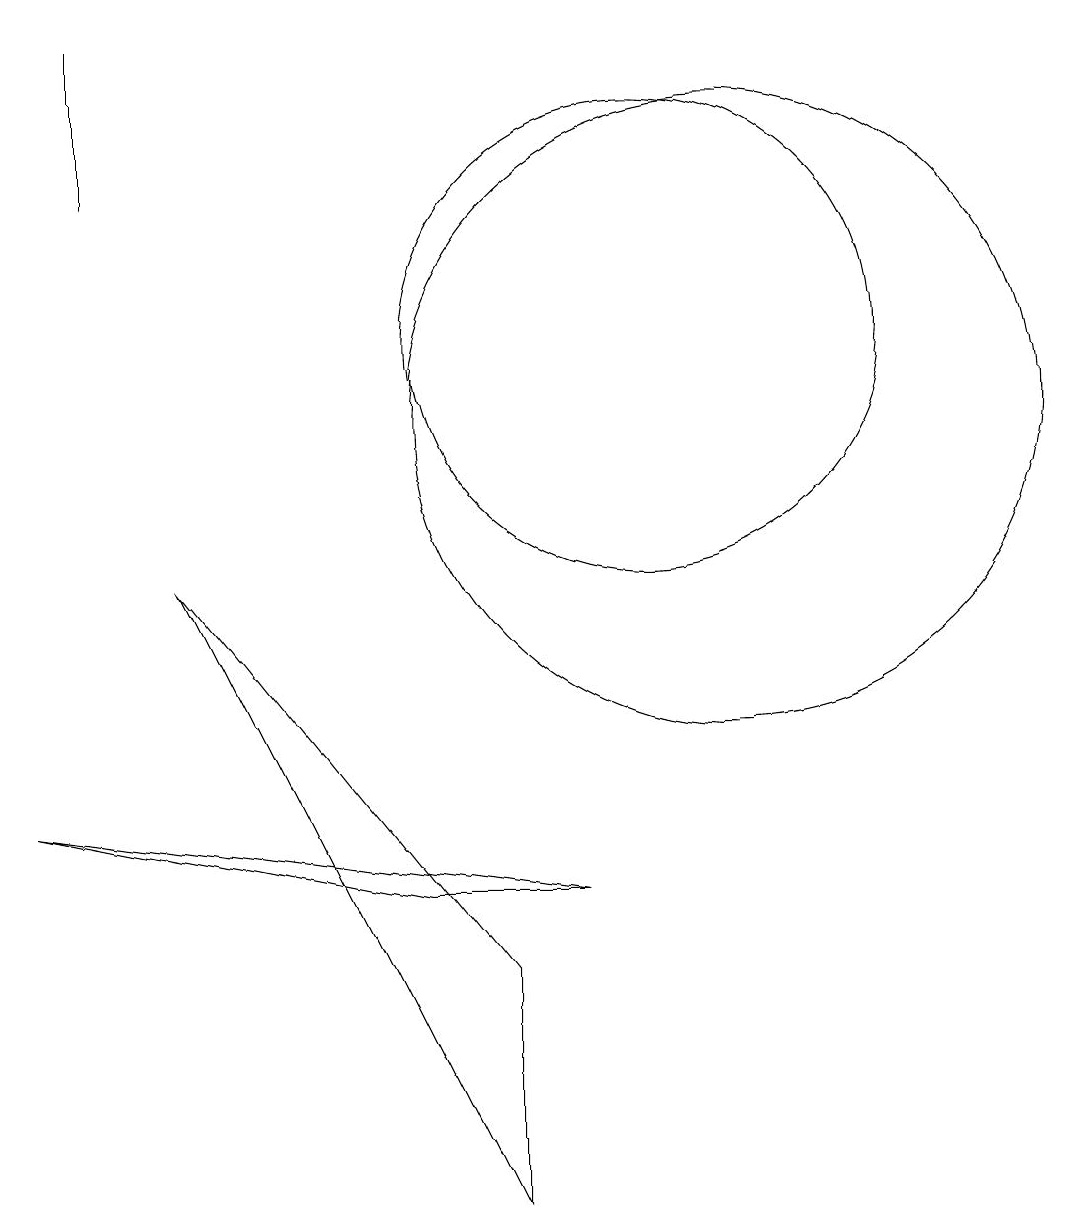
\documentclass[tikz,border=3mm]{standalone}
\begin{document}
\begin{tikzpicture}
\draw (3,16) rectangle (3,14);
\draw (8,4) -- (8,1) -- (4,9) -- cycle;
\draw (11,10) circle (0);
\draw (6,16) rectangle (6,16);
\draw (7,5) -- (2,6) -- (9,5) -- cycle;
\draw (11,11) circle (4);
\draw (10,12) circle (3);
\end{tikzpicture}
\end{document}